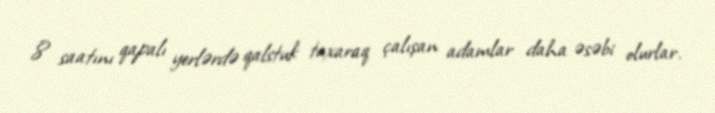
8 saatını qapalı yerlərdə qalstuk taxaraq çalışan adamlar daha əsəbi olurlar.